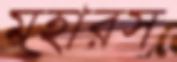
মহারস